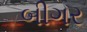
બીગર